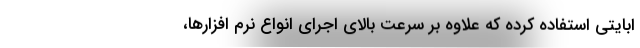
ابایتی استفاده کرده که علاوه بر سرعت بالای اجرای انواع نرم افزارها،